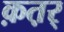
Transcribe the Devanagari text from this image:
क़त़र्